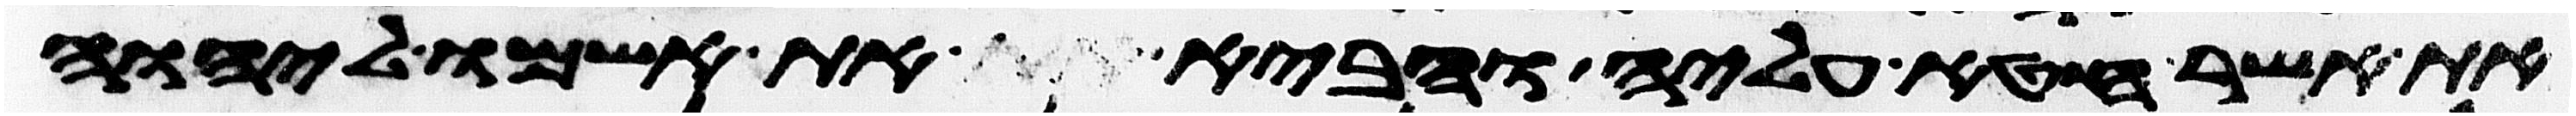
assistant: את אשר חטא עליה והביא את אשמו ליהוה